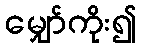
မျှော်ကိုး၍